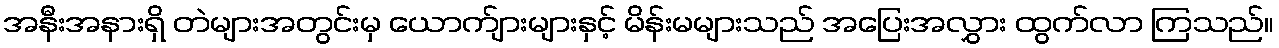
အနီးအနားရှိ တဲများအတွင်းမှ ယောက်ျားများနှင့် မိန်းမများသည် အပြေးအလွှား ထွက်လာ ကြသည်။